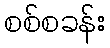
စစ်စခန်း